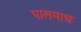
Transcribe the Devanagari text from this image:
पालमाच